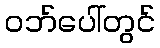
ဝဘ်ပေါ်တွင်